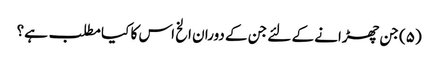
(۵) جن چھڑانے کے لئے جن کے دوران الخ اس کا کیا مطلب ہے؟